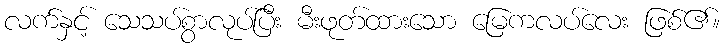
လက်နှင့် သေသပ်စွာလုပ်ပြီး မီးဖုတ်ထားသော မြေကလပ်လေး ဖြစ်၏။